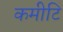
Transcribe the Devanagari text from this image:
कमीटि